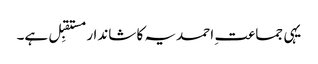
یہی جماعت ِ احمدیہ کا شاندار مستقبِل ہے۔